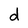
Character: d